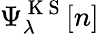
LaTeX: \Psi_{\lambda}^{\mathrm{~K~S~}}[n]